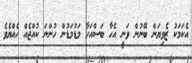
އެކަމަކު ޒެވިޔަން ބޭނުން ވަނީ އެހާ ބަސްއަހާ މަޑުމަޑުން ހުންނަ ކުއްޖެއް ހެއްޔެވެ